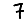
Digit: 7